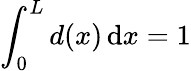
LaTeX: \int_{0}^{L}d(x)\mathop{}\! \mathrm{d}x=1